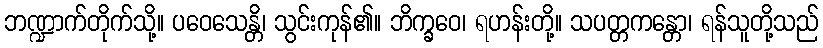
ဘဏ္ဍာက်တိုက်သို့။ ပဝေသေန္တိ၊ သွင်းကုန်၏။ ဘိက္ခဝေ၊ ရဟန်းတို့။ သပတ္တကန္တော၊ ရန်သူတို့သည်